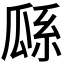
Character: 𤫺